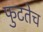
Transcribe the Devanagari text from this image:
फुटतेच